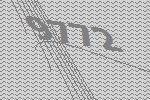
9772